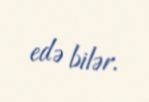
edə bilər.